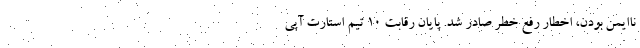
ناایمن بودن، اخطار رفع خطر صادر شد. پایان رقابت 10 تیم استارت آپی